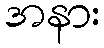
အနား